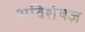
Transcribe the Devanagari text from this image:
अविशेषज्ञ